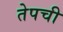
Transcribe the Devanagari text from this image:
तेपची